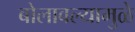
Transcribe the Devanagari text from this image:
बोलावल्यामुळे